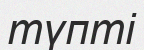
түпті